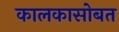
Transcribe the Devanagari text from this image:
कालकासोबत